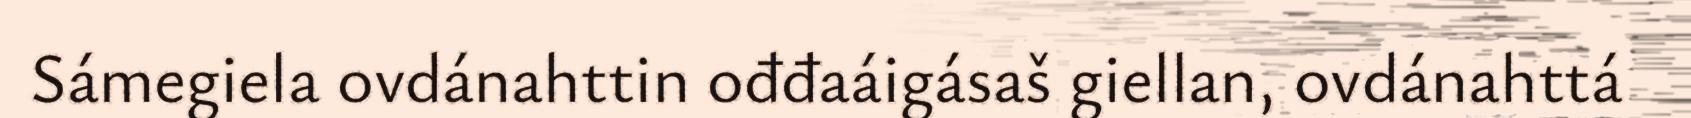
Sámegiela ovdánahttin ođđaáigásaš giellan, ovdánahttá